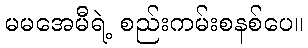
မမအေမီရဲ့ စည်းကမ်းစနစ်ပေ။